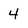
Character: 4